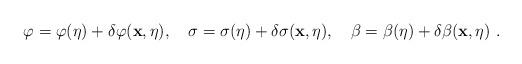
LaTeX: \begin{align*}\varphi = \varphi(\eta) + \delta \varphi ({\bf x},\eta), ~~~\sigma = \sigma(\eta)+ \delta \sigma ({\bf x},\eta), ~~~\beta = \beta (\eta) + \delta \beta({\bf x},\eta) \ .\end{align*}